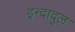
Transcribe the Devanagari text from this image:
इन्दादुल